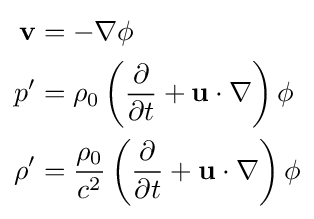
{\begin{aligned}\mathbf {v} &=-\nabla \phi \\p'&=\rho _{0}\left({\frac {\partial }{\partial t}}+\mathbf {u} \cdot \nabla \right)\phi \\\rho '&={\frac {\rho _{0}}{c^{2}}}\left({\frac {\partial }{\partial t}}+\mathbf {u} \cdot \nabla \right)\phi \end{aligned}}